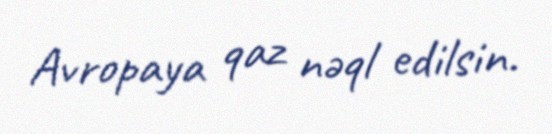
Avropaya qaz nəql edilsin.